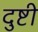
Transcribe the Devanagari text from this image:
दुष्टी